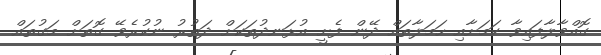
ގޮއްވާލާފައިވާ ކަމަށާއި ހަމަލާތައް ދޭން ފެށީ އުޅަނދުތަކަށް ދަތުރު ނުކުރެވޭ ގޮތަށް މަގުތައް